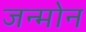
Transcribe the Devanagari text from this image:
जन्मोन